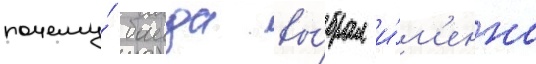
почему́ баида вы́брал и́м'енно